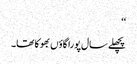
‘‘
پچھلے سال پورا گاؤں بھوکا تھا۔